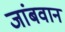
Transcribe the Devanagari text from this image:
जांबवान